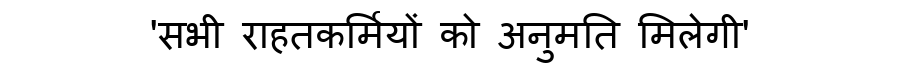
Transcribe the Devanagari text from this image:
'सभी राहतकर्मियों को अनुमति मिलेगी'